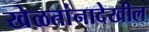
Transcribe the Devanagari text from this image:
खेळतांनादेखील